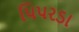
પિપરડા